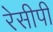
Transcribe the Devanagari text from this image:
रेसीपी